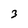
Character: 3